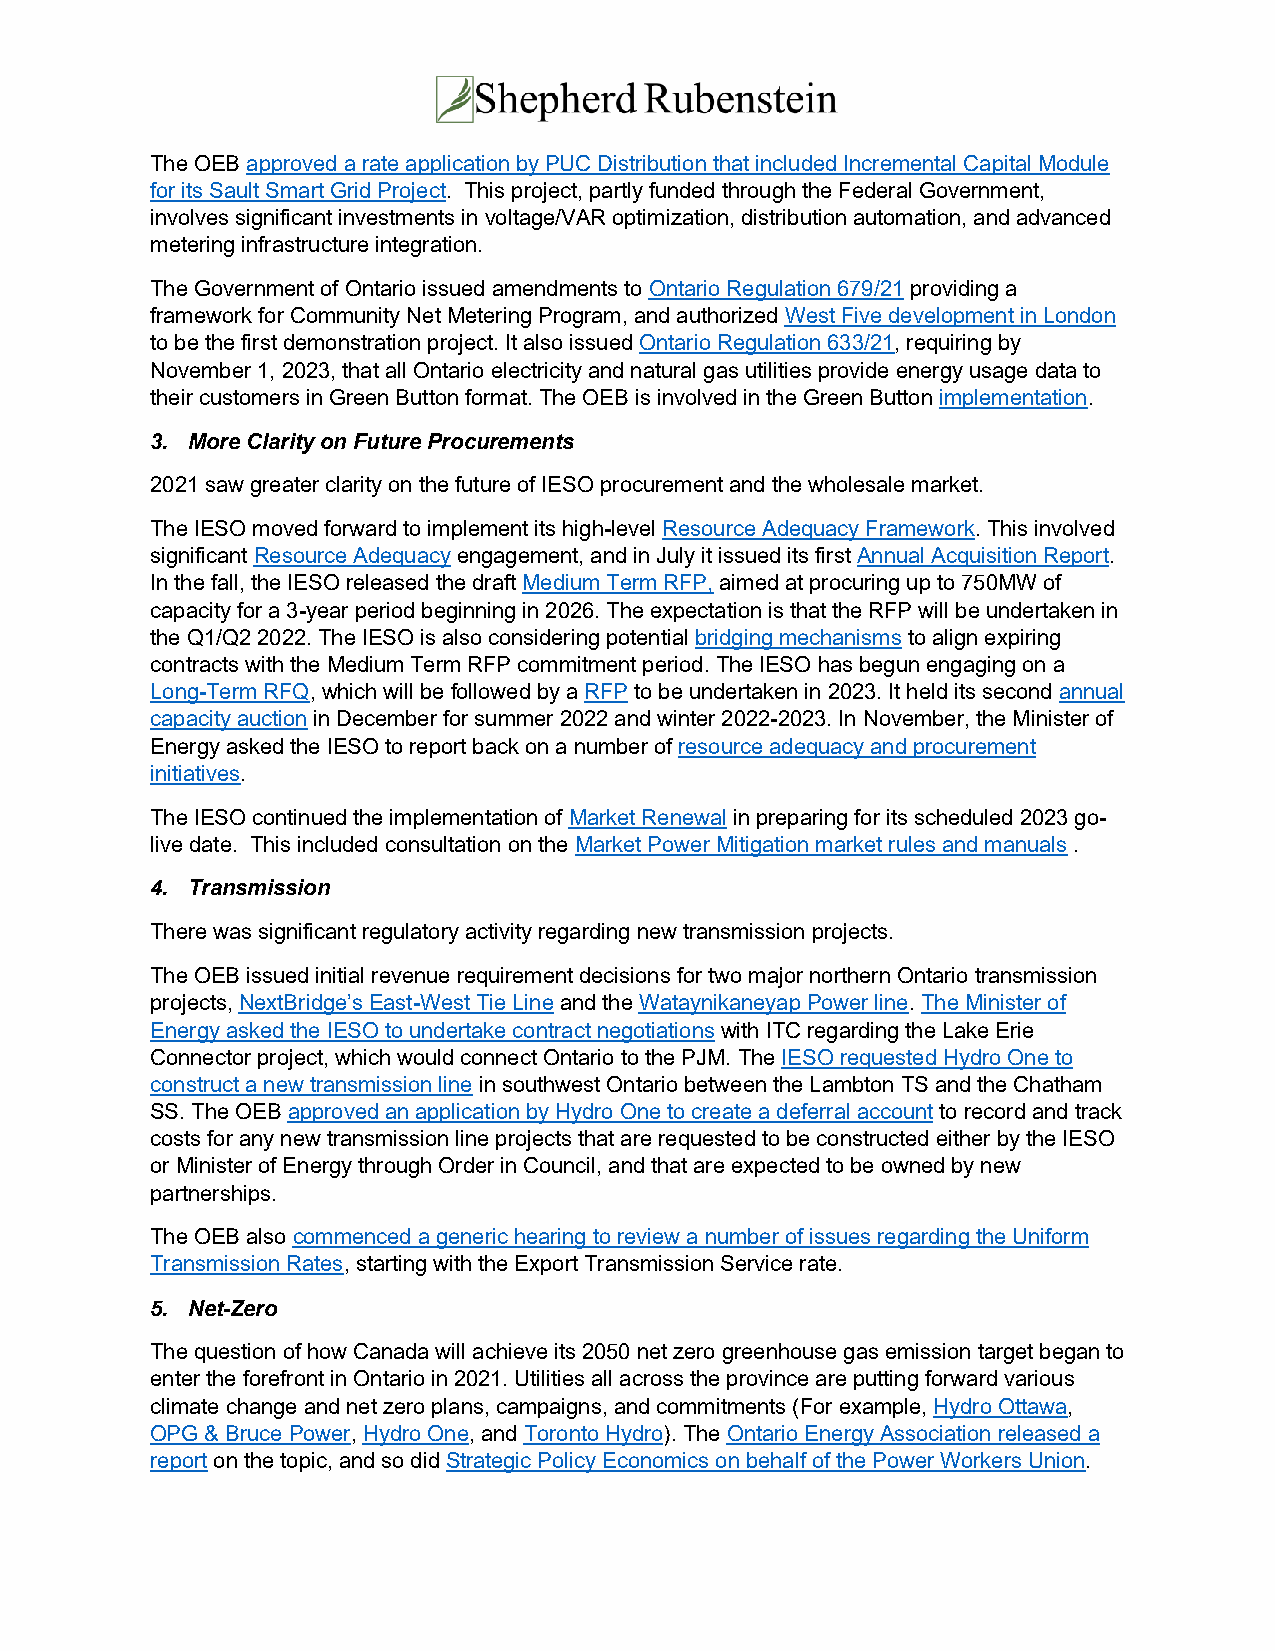
The OEB approved a rate application by PUC Distribution that included Incremental Capital Module
 for its Sault Smart Grid Project. This project, partly funded through the Federal Government,
 involves significant investments in voltage/VAR optimization, distribution automation, and advanced
 metering infrastructure integration.
 The Government of Ontario issued amendments to Ontario Regulation 679/21 providing a
 framework for Community Net Metering Program, and authorized West Five development in London
 to be the first demonstration project. It also issued Ontario Regulation 633/21, requiring by
 November 1, 2023, that all Ontario electricity and natural gas utilities provide energy usage data to
 their customers in Green Button format. The OEB is involved in the Green Button implementation.
 3. More Clarity on Future Procurements
 2021 saw greater clarity on the future of IESO procurement and the wholesale market.
 The IESO moved forward to implement its high-level Resource Adequacy Framework. This involved
 significant Resource Adequacy engagement, and in July it issued its first Annual Acquisition Report.
 In the fall, the IESO released the draft Medium Term RFP, aimed at procuring up to 750MW of
 capacity for a 3-year period beginning in 2026. The expectation is that the RFP will be undertaken in
 the Q1/Q2 2022. The IESO is also considering potential bridging mechanisms to align expiring
 contracts with the Medium Term RFP commitment period. The IESO has begun engaging on a
 Long-Term RFQ, which will be followed by a RFP to be undertaken in 2023. It held its second annual
 capacity auction in December for summer 2022 and winter 2022-2023. In November, the Minister of
 Energy asked the IESO to report back on a number of resource adequacy and procurement
 initiatives.
 The IESO continued the implementation of Market Renewal in preparing for its scheduled 2023 go-
 live date. This included consultation on the Market Power Mitigation market rules and manuals .
 4. Transmission
 There was significant regulatory activity regarding new transmission projects.
 The OEB issued initial revenue requirement decisions for two major northern Ontario transmission
 projects, NextBridge’s East-West Tie Line and the Wataynikaneyap Power line. The Minister of
 Energy asked the IESO to undertake contract negotiations with ITC regarding the Lake Erie
 Connector project, which would connect Ontario to the PJM. The IESO requested Hydro One to
 construct a new transmission line in southwest Ontario between the Lambton TS and the Chatham
 SS. The OEB approved an application by Hydro One to create a deferral account to record and track
 costs for any new transmission line projects that are requested to be constructed either by the IESO
 or Minister of Energy through Order in Council, and that are expected to be owned by new
 partnerships.
 The OEB also commenced a generic hearing to review a number of issues regarding the Uniform
 Transmission Rates, starting with the Export Transmission Service rate.
 5. Net-Zero
 The question of how Canada will achieve its 2050 net zero greenhouse gas emission target began to
 enter the forefront in Ontario in 2021. Utilities all across the province are putting forward various
 climate change and net zero plans, campaigns, and commitments (For example, Hydro Ottawa,
 OPG & Bruce Power, Hydro One, and Toronto Hydro). The Ontario Energy Association released a
 report on the topic, and so did Strategic Policy Economics on behalf of the Power Workers Union.